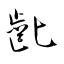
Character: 齔